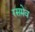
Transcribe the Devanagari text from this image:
रसमेव